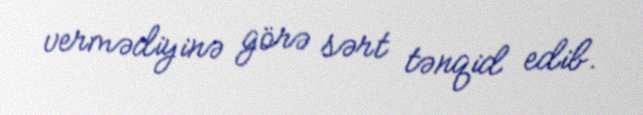
vermədiyinə görə sərt tənqid edib.